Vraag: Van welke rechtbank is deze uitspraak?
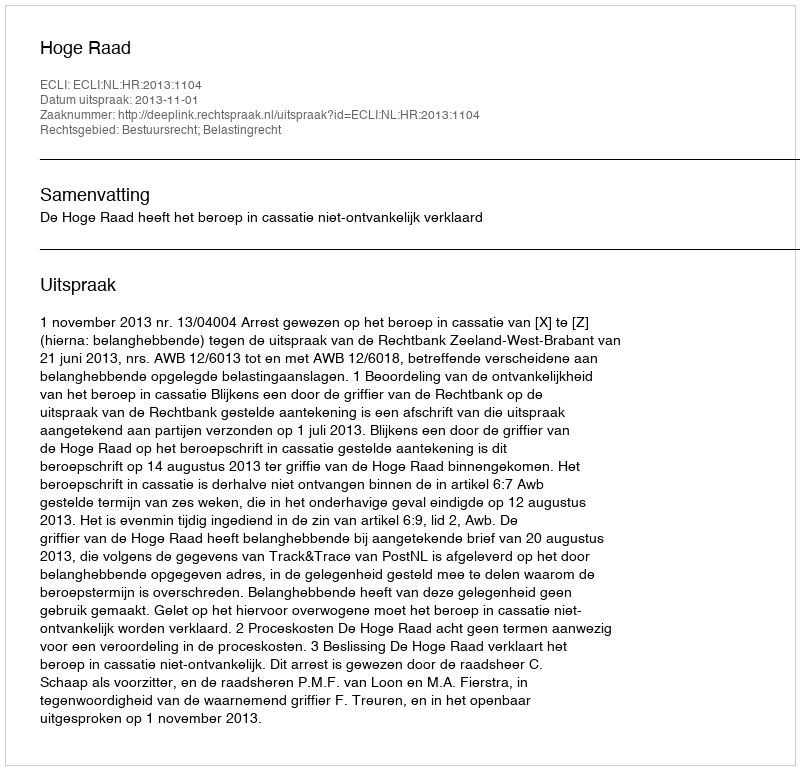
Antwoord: Hoge Raad